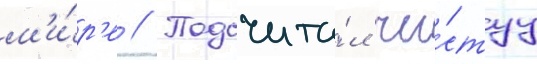
м'и́р'е // Подсчита́л чи́стуу